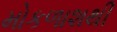
મોકળાશથી